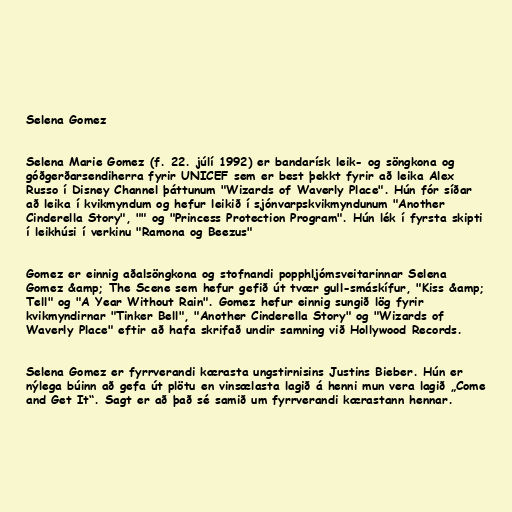
Selena Gomez

Selena Marie Gomez (f. 22. júlí 1992) er bandarísk leik- og söngkona og
góðgerðarsendiherra fyrir UNICEF sem er best þekkt fyrir að leika Alex
Russo í Disney Channel þáttunum "Wizards of Waverly Place". Hún fór síðar
að leika í kvikmyndum og hefur leikið í sjónvarpskvikmyndunum "Another
Cinderella Story", "" og "Princess Protection Program". Hún lék í fyrsta skipti
í leikhúsi í verkinu "Ramona og Beezus"

Gomez er einnig aðalsöngkona og stofnandi popphljómsveitarinnar Selena
Gomez &amp; The Scene sem hefur gefið út tvær gull-smáskífur, "Kiss &amp;
Tell" og "A Year Without Rain". Gomez hefur einnig sungið lög fyrir
kvikmyndirnar "Tinker Bell", "Another Cinderella Story" og "Wizards of
Waverly Place" eftir að hafa skrifað undir samning við Hollywood Records.

Selena Gomez er fyrrverandi kærasta ungstirnisins Justins Bieber. Hún er
nýlega búinn að gefa út plötu en vinsælasta lagið á henni mun vera lagið „Come
and Get It“. Sagt er að það sé samið um fyrrverandi kærastann hennar.